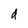
Character: d